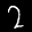
Label: 2